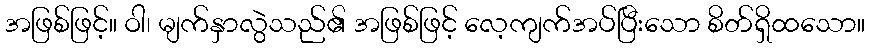
အဖြစ်ဖြင့်။ ဝါ၊ မျက်နှာလွဲသည်၏ အဖြစ်ဖြင့် လေ့ကျက်အပ်ပြီးသော စိတ်ရှိထသော။